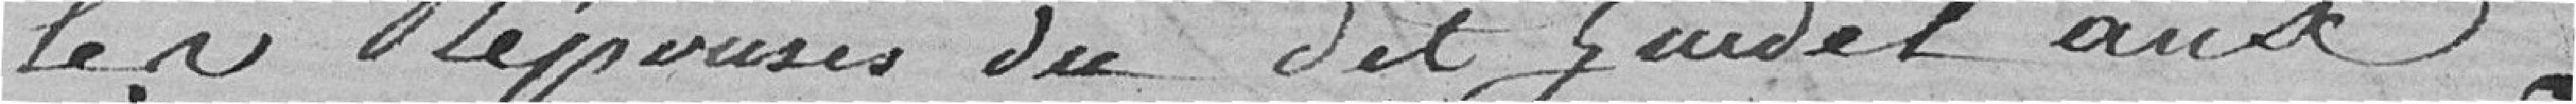
les réponses dudit Zuidel aux